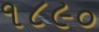
૧૮૯૦